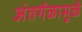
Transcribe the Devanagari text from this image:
अंतर्गळामुळे